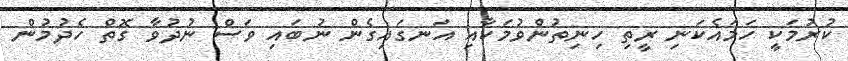
ކުރުމަކީ ހަމައެކަނި ރީތި ހިނިތުންވުމަކާއި އަނގައިގެން ނުބައި ވަސް ނުދުވާ ގޮތް ހެދުމުން